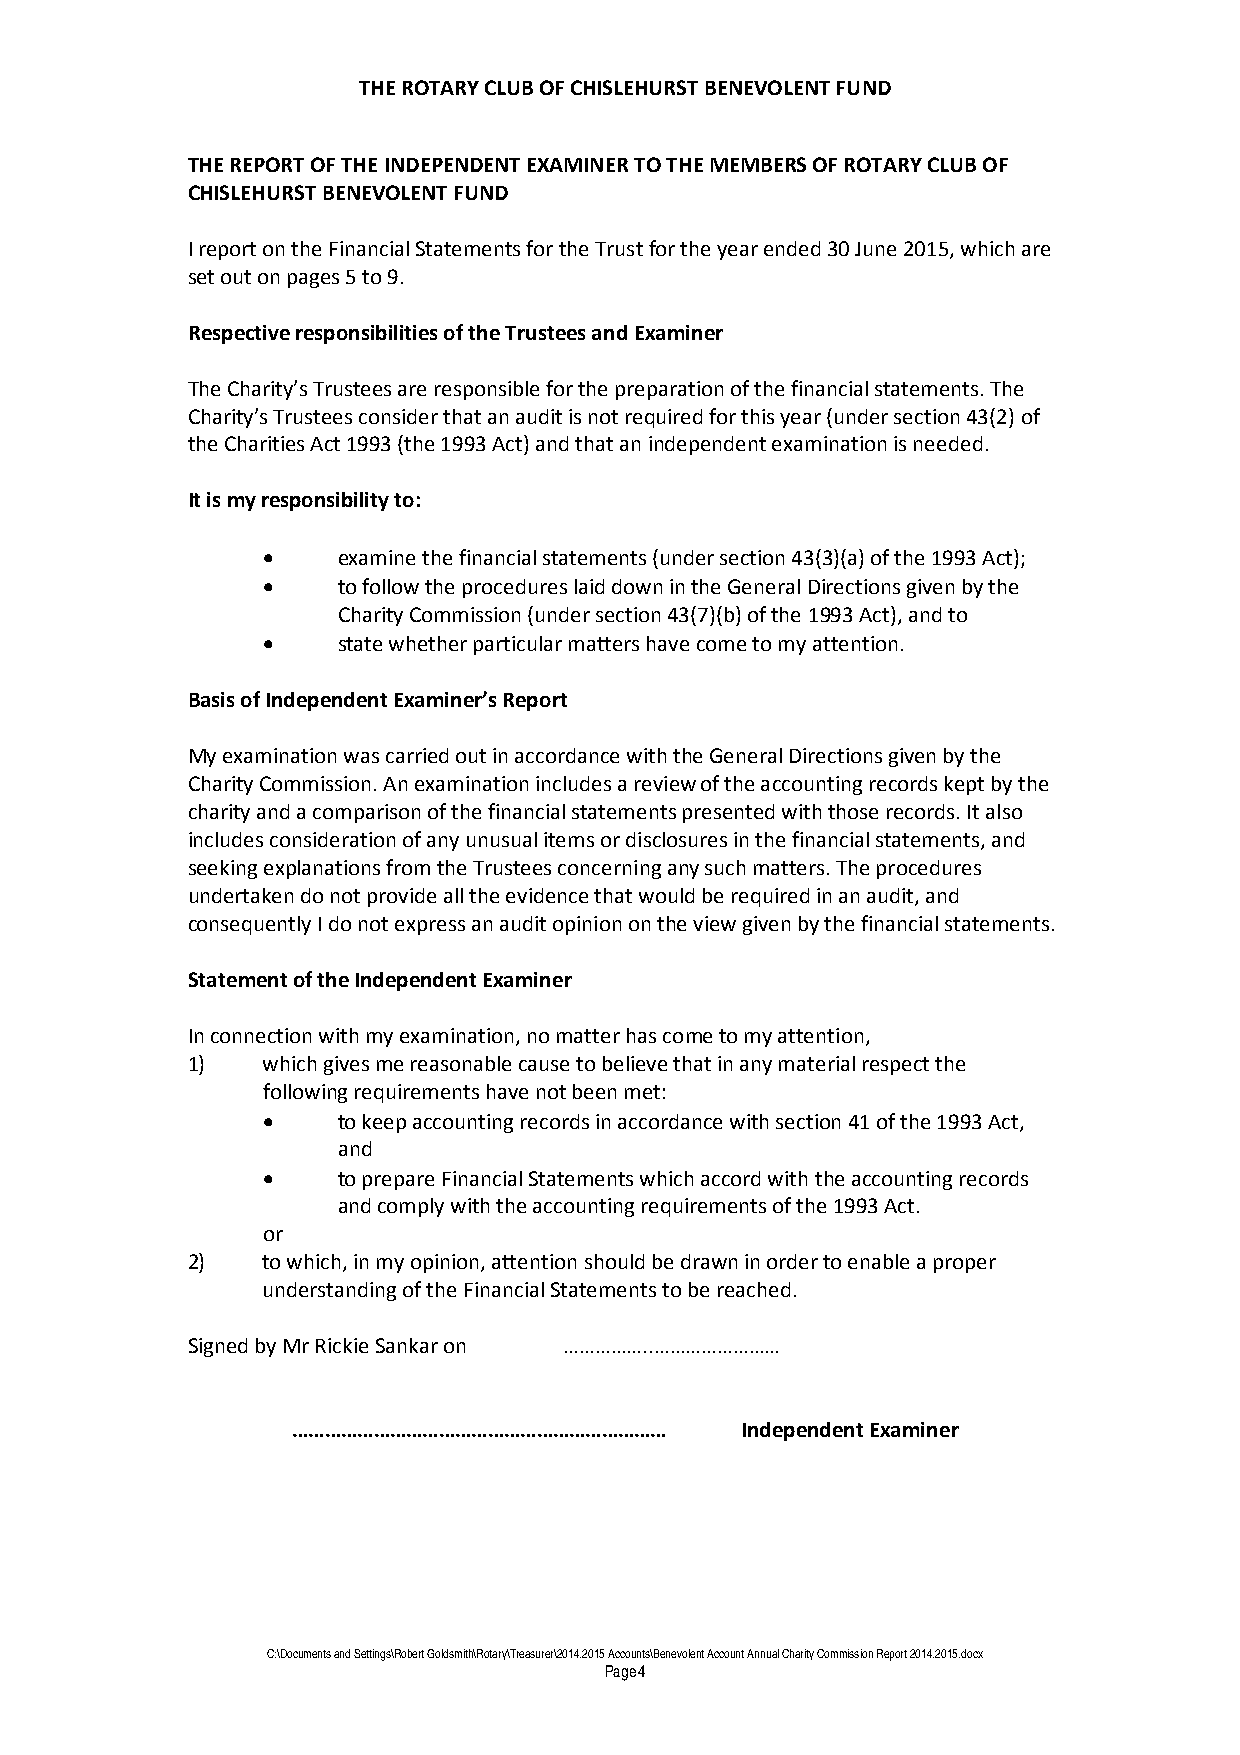
THE ROTARY CLUB OF CHISLEHURST BENEVOLENT FUND
 THE REPORT OF THE INDEPENDENT EXAMINER TO THE MEMBERS OF ROTARY CLUB OF
 CHISLEHURST BENEVOLENT FUND
 I report on the Financial Statements for the Trust for the year ended 30 June 2015, which are
 set out on pages 5 to 9.
 Respective responsibilities of the Trustees and Examiner
 The Charity’s Trustees are responsible for the preparation of the financial statements. The
 Charity’s Trustees consider that an audit is not required for this year (under section 43(2) of
 the Charities Act 1993 (the 1993 Act) and that an independent examination is needed.
 It is my responsibility to:
 •    examine the financial statements (under section 43(3)(a) of the 1993 Act);
 •    to follow the procedures laid down in the General Directions given by the
 Charity Commission (under section 43(7)(b) of the 1993 Act), and to
 •    state whether particular matters have come to my attention.
 Basis of Independent Examiner’s Report
 My examination was carried out in accordance with the General Directions given by the
 Charity Commission. An examination includes a review of the accounting records kept by the
 charity and a comparison of the financial statements presented with those records. It also
 includes consideration of any unusual items or disclosures in the financial statements, and
 seeking explanations from the Trustees concerning any such matters. The procedures
 undertaken do not provide all the evidence that would be required in an audit, and
 consequently I do not express an audit opinion on the view given by the financial statements.
 Statement of the Independent Examiner
 In connection with my examination, no matter has come to my attention,
 1)   which gives me reasonable cause to believe that in any material respect the
 following requirements have not been met:
 •    to keep accounting records in accordance with section 41 of the 1993 Act,
 and
 •    to prepare Financial Statements which accord with the accounting records
 and comply with the accounting requirements of the 1993 Act.
 or
 2)   to which, in my opinion, attention should be drawn in order to enable a proper
 understanding of the Financial Statements to be reached.
 Signed by Mr Rickie Sankar on ……………..……………………
 ……………………………………………………………       Independent Examiner
 C:\Documents and Settings\Robert Goldsmith\Rotary\Treasurer\2014.2015 Accounts\Benevolent Account Annual Charity Commission Report 2014.2015.docx
 Page 4